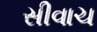
સીવાચ